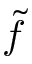
\tilde { f }